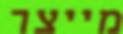
מייצר